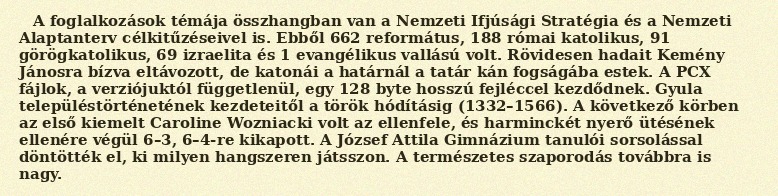
A foglalkozások témája összhangban van a Nemzeti Ifjúsági Stratégia és a Nemzeti Alaptanterv célkitűzéseivel is. Ebből 662 református, 188 római katolikus, 91 görögkatolikus, 69 izraelita és 1 evangélikus vallású volt. Rövidesen hadait Kemény Jánosra bízva eltávozott, de katonái a határnál a tatár kán fogságába estek. A PCX fájlok, a verziójuktól függetlenül, egy 128 byte hosszú fejléccel kezdődnek. Gyula településtörténetének kezdeteitől a török hódításig (1332–1566). A következő körben az első kiemelt Caroline Wozniacki volt az ellenfele, és harminckét nyerő ütésének ellenére végül 6–3, 6–4-re kikapott. A József Attila Gimnázium tanulói sorsolással döntötték el, ki milyen hangszeren játsszon. A természetes szaporodás továbbra is nagy.